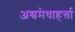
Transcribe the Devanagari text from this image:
अश्वमेधाहर्त्ता